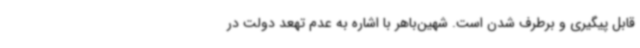
قابل پیگیری و برطرف شدن است. شهین‌باهر با اشاره به عدم تهعد دولت در